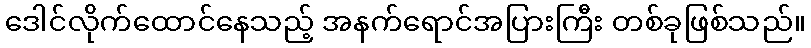
ဒေါင်လိုက်ထောင်နေသည့် အနက်ရောင်အပြားကြီး တစ်ခုဖြစ်သည်။